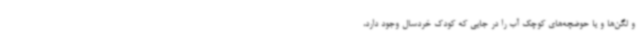
و لگن‌ها و یا حوضچه‌های کوچک آب را در جایی که کودک خردسال وجود دارد،